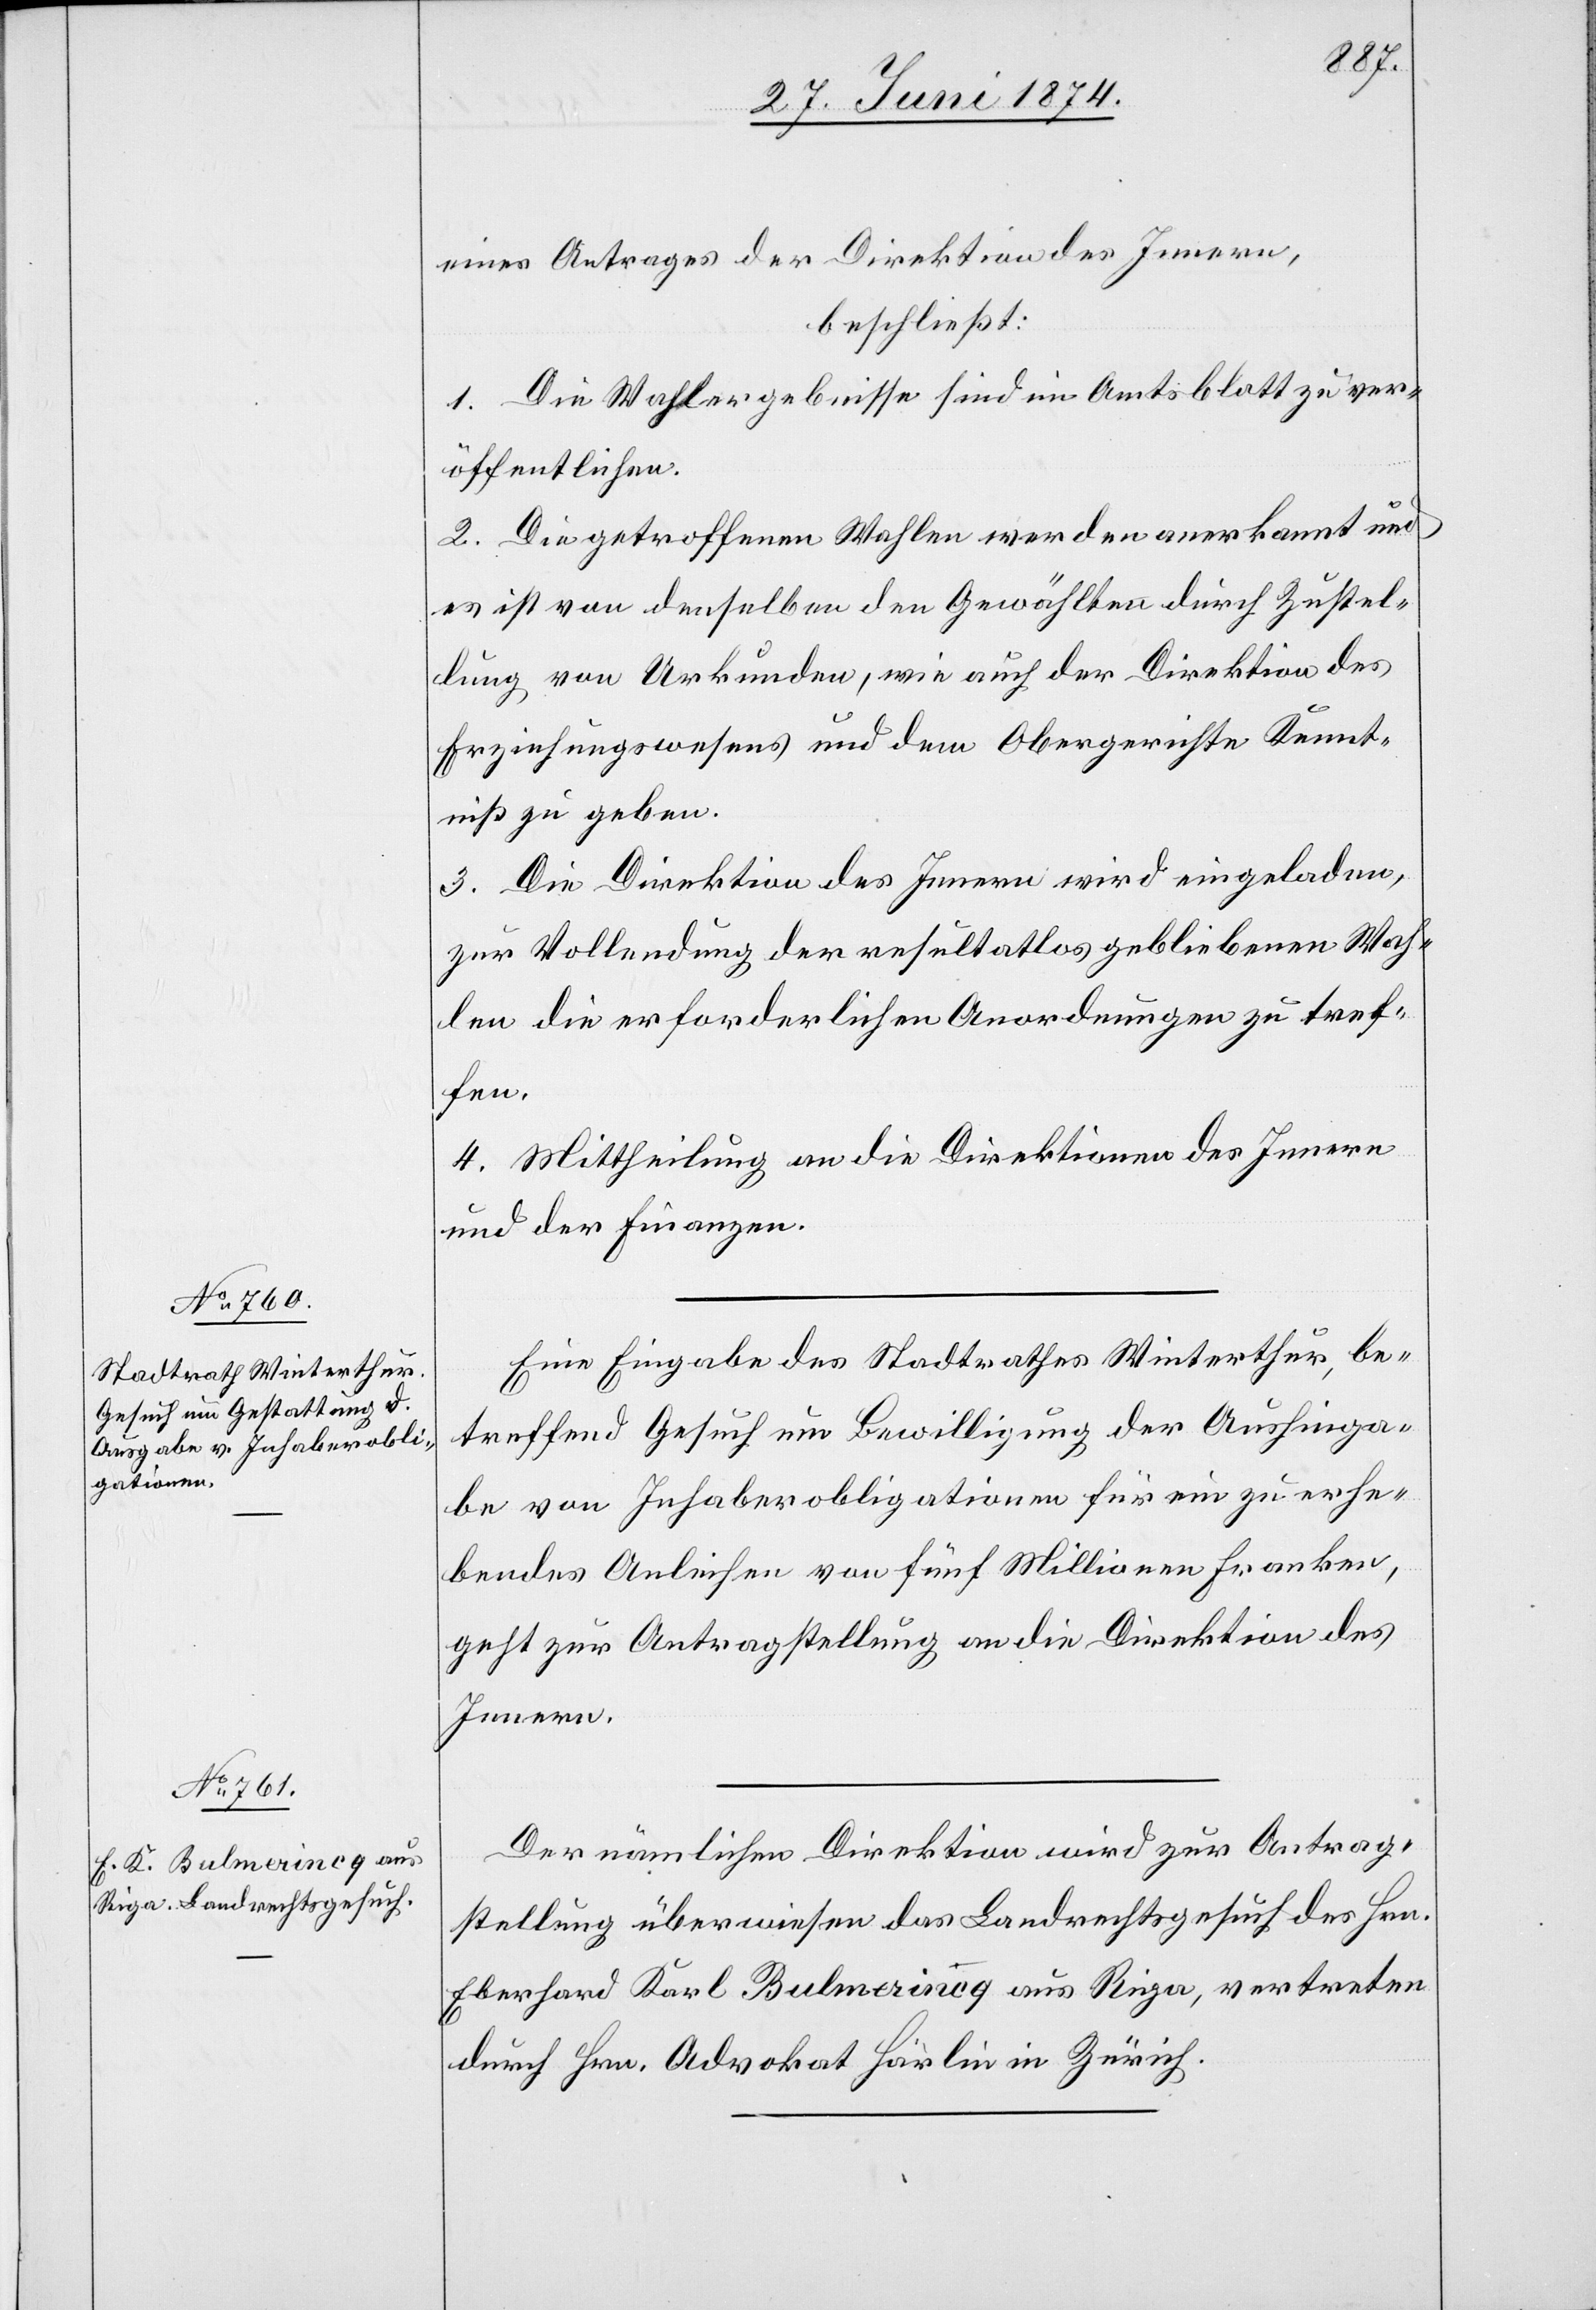
1874.]
eines Antrages der Direktion des Innern,
beschließt:
1. Die Wahlergebnisse sind im Amtsblatt zu ver¬
öffentlichen.
2. Die getroffenen Wahlen werden anerkannt und
es ist von denselben den Gewählten durch Zustel¬
lung von Urkunden, wie auch der Direktion des
Erziehungswesens und dem Obergerichte Kennt¬
niß zu geben.
3. Die Direktion des Innern wird eingeladen,
zur Vollendung der resultatlos gebliebenen Wah¬
len die erforderlichen Anordnungen zu tref¬
fen.
4. Mittheilung an die Direktionen des Innern
und der Finanzen.
Eine Eingabe des Stadtrathes Winterthur, be¬
treffend Gesuch um Bewilligung der Aushinga¬
be von Inhaberobligationen für ein zu erhe¬
bendes Anleihen von fünf Millionen Franken,
geht zur Antragstellung an die Direktion des
Innern.
Der nämlichen Direktion wird zur Antrag¬
stellung überwiesen das Landrechtsgesuch des Hrn.
Eberhard Karl Bulmerincq aus Riga, vertreten
durch Hrn. Advokat Härlin in Zürich.